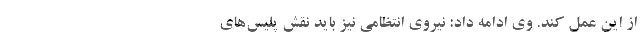
از این عمل کند. وی ادامه داد: نیروی انتظامی نیز باید نقش پلیس‌های